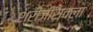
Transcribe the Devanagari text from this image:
श्रीजीरावला